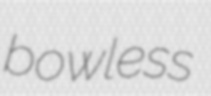
bowless